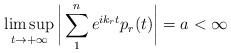
LaTeX: \begin{align*}\limsup_{t \rightarrow + \infty} \bigg| \sum_{1}^{n} e^{ik_r t} p_r(t) \bigg| = a < \infty\end{align*}